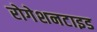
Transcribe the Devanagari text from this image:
रोगेशनटाइड